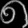
Digit: ၈